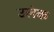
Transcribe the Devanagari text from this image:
उलंक